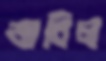
জাবিল